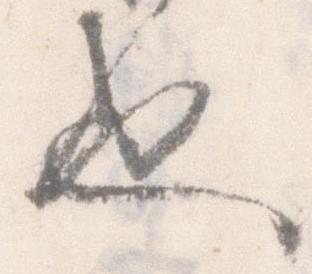
也